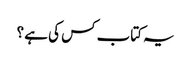
یہ کتاب کس کی ہے ؟